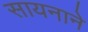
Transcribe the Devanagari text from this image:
सायनाने